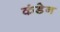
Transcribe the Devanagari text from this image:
कंडेन